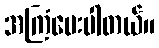
အကြံပေးပါတယ်။